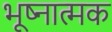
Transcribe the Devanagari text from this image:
भूष्नात्मक